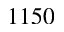
1 1 5 0